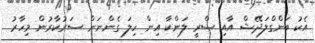
އެކު ބަންގްްލަދޭޝް އާއި ސްރީ ލަންކާ އިން ހިލަ ގެންނަން ސަރުކާރުން މިހާރު